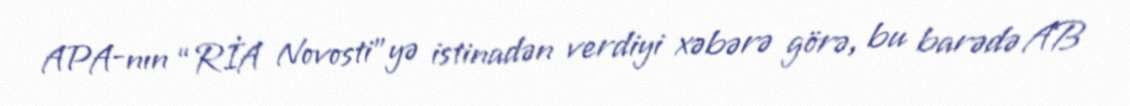
APA-nın “RİA Novosti”yə istinadən verdiyi xəbərə görə, bu barədə AB